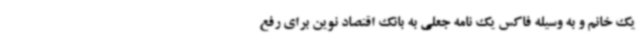
یک خانم و به وسیله فاکس یک نامه جعلی به بانک اقتصاد نوین برای رفع